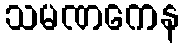
သမဏကေန